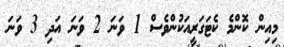
މިއިން ކޮންމެ ކެޓަގަރީއަކުންވެސް 1 ވަނަ 2 ވަނަ އަދި 3 ވަނަ